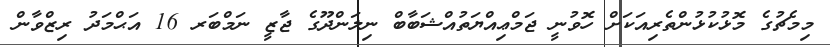
މިމެޗުގެ މޮޅުކުޅުންތެރިއަކަށް ހޮވުނީ ޖަމްޢިއްޔަތުއްޝަބާބް ނިލަންދޫގެ ޖާޒީ ނަމްބަރ 16 އަޙްމަދު ރިޒްވާން